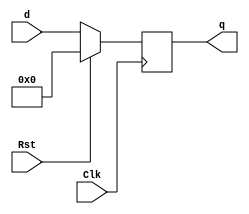
`timescale 1ns/1ns

module REG(q, d, Clk, Rst);

    parameter   DATAWIDTH = 32;

    input Clk;
    input Rst;

    input [DATAWIDTH-1:0] d;
    output reg [DATAWIDTH-1:0] q;

    always @(posedge Clk) begin
        if (Rst == 1)
            q <= 0;
        else
            q <= d;
    end

endmodule